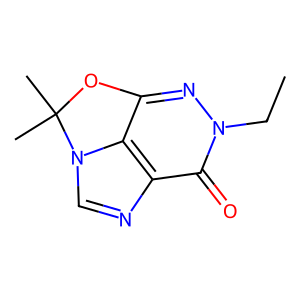
SMILES: CCn1nc2c3c(ncn3C(C)(C)O2)c1=O
Inhibits HIV replication: No